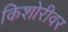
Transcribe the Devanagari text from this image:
किशोरीवर